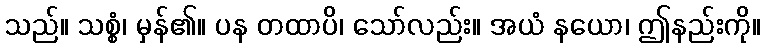
သည်။ သစ္စံ၊ မှန်၏။ ပန တထာပိ၊ သော်လည်း။ အယံ နယော၊ ဤနည်းကို။